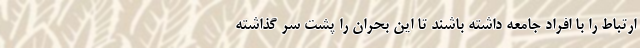
ارتباط را با افراد جامعه داشته باشند تا این بحران را پشت سر گذاشته